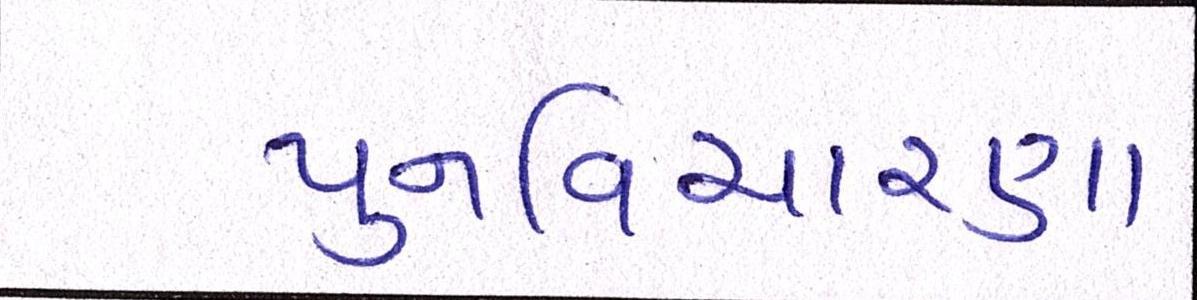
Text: પુનઃવિચારણા